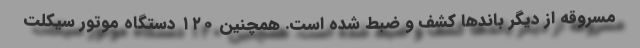
مسروقه از دیگر باندها کشف و ضبط شده است. همچنین ۱۲۰ دستگاه موتور سیکلت